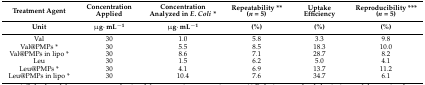
<table><thead><tr><td><b>Treatment Agent</b></td><td><b>Concentration Applied</b></td><td><b>Concentration Analyzed in <i>E. Coli *</i></b></td><td><b>Repeatability ** (<i>n</i> = 5)</b></td><td><b>Uptake Efficiency</b></td><td><b>Reproducibility *** (<i>n</i> = 5)</b></td></tr><tr><td><b>Unit</b></td><td><b>μg·mL<sup>−1</sup></b></td><td><b>μg·mL<sup>−1</sup></b></td><td><b>(%)</b></td><td><b>(%)</b></td><td><b>(%)</b></td></tr></thead><tbody><tr><td>Val</td><td>30</td><td>1.0</td><td>5.8</td><td>3.3</td><td>9.8</td></tr><tr><td>Val@PMPs *</td><td>30</td><td>5.5</td><td>8.5</td><td>18.3</td><td>10.0</td></tr><tr><td>Val@PMPs in lipo *</td><td>30</td><td>8.6</td><td>7.1</td><td>28.7</td><td>8.2</td></tr><tr><td>Leu</td><td>30</td><td>1.5</td><td>6.2</td><td>5.0</td><td>4.1</td></tr><tr><td>Leu@PMPs *</td><td>30</td><td>4.1</td><td>6.9</td><td>13.7</td><td>11.2</td></tr><tr><td>Leu@PMPs in lipo *</td><td>30</td><td>10.4</td><td>7.6</td><td>34.7</td><td>6.1</td></tr></tbody></table>